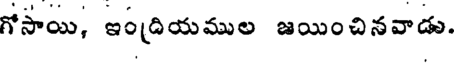
గోసాయి, ఇంద్రియముల జయించినవాడు.